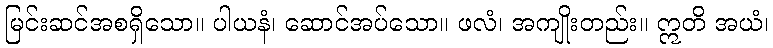
မြင်းဆင်အစရှိသော။ ပါယနံ၊ ဆောင်အပ်သော။ ဖလံ၊ အကျိုးတည်း။ ဣတိ အယံ၊